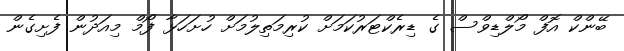
ބޭންކް އޮފް މޯލްޑިވްސް ގެ ޑިރެކްޓަރުކަމަށް ކުރިމަތިލުމަށް ހުށަހަޅާ ފޯމް މިއަދުން ފެށިގެން